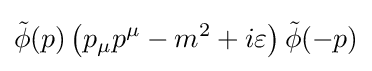
{\tilde {\phi }}(p)\left(p_{\mu }p^{\mu }-m^{2}+i\varepsilon \right){\tilde {\phi }}(-p)